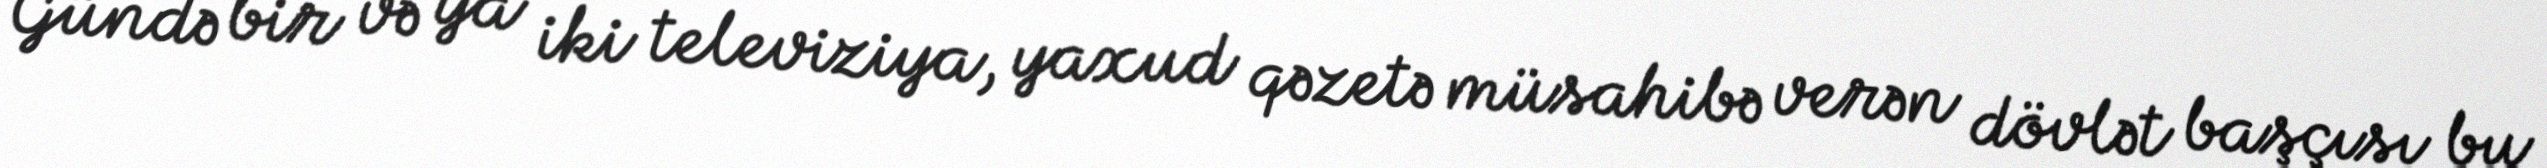
Gündə bir və ya iki televiziya, yaxud qəzetə müsahibə verən dövlət başçısı bu